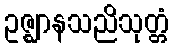
ဥဇ္ဈာနသညိသုတ္တံ